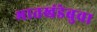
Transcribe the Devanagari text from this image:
भातखंडेबुवा